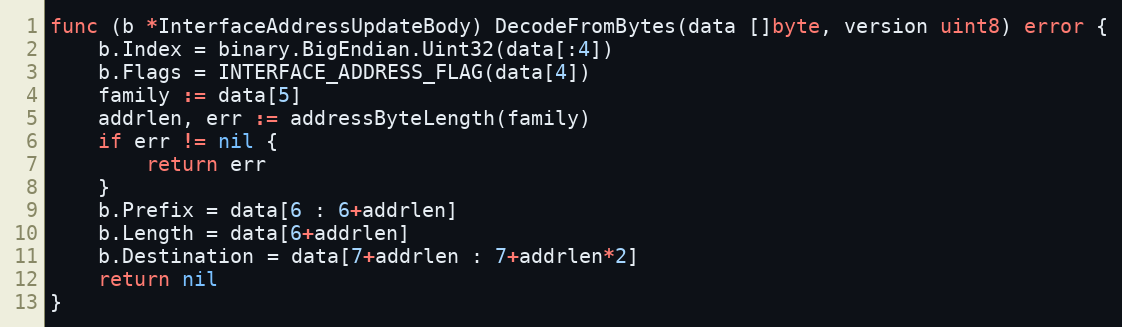
Language: Go
func (b *InterfaceAddressUpdateBody) DecodeFromBytes(data []byte, version uint8) error {
	b.Index = binary.BigEndian.Uint32(data[:4])
	b.Flags = INTERFACE_ADDRESS_FLAG(data[4])
	family := data[5]
	addrlen, err := addressByteLength(family)
	if err != nil {
		return err
	}
	b.Prefix = data[6 : 6+addrlen]
	b.Length = data[6+addrlen]
	b.Destination = data[7+addrlen : 7+addrlen*2]
	return nil
}